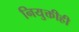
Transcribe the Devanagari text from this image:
नियुक्तीही